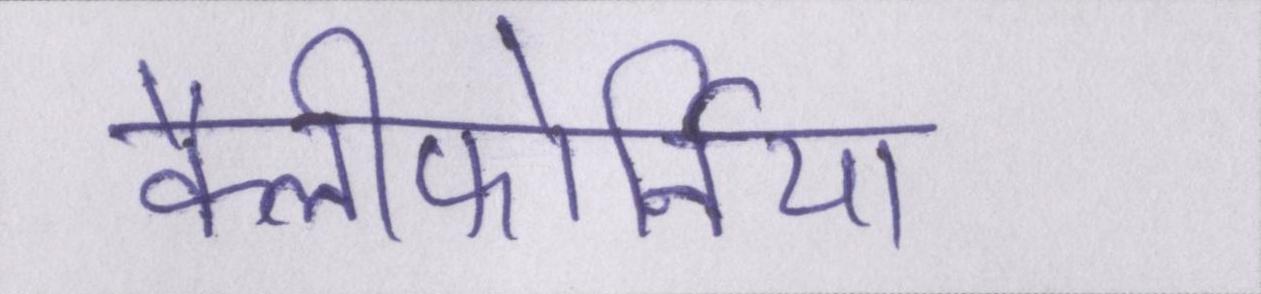
कैलीफोर्निया